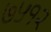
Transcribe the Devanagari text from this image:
७५१२